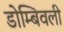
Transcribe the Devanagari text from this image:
डोम्बिवली